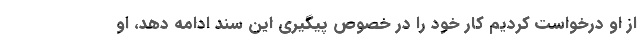
از او درخواست کردیم کار خود را در خصوص پیگیری این سند ادامه دهد، او